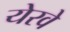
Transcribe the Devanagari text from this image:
येरवे